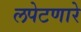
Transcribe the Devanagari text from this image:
लपेटणारे